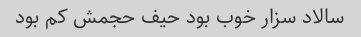
سالاد سزار خوب بود حیف حجمش کم بود